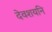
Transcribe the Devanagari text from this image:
देवशयनि